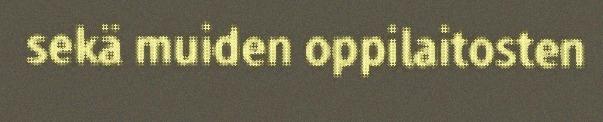
sekä muiden oppilaitosten